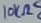
Text: 10KΩ